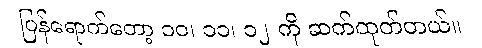
ပြန်ရောက်တော့ ၁၀၊ ၁၁၊ ၁၂ ကို ဆက်ထုတ်တယ်။